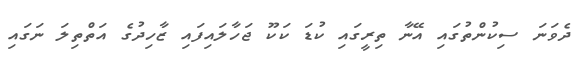
ދެވަނަ ސިކުންތުގައި އޭނާ ތިރީގައި ކުޑަ ކަކޫ ޖަހާލައިފައި ޒާހިދުގެ އަތްތިލަ ނަގައި